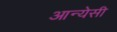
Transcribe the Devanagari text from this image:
आन्येसी